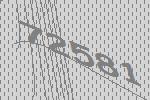
72581